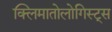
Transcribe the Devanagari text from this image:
क्लिमातोलोगिस्ट्स